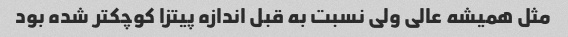
مثل همیشه عالی ولی نسبت به قبل اندازه پیتزا کوچکتر شده بود